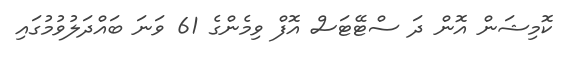
ކޮމިޝަން އޮން ދަ ސްޓޭޓަސް އޮފް ވިމެންގެ 61 ވަނަ ބައްދަލުވުމުގައި